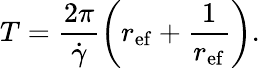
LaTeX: T=\frac{2\pi}{\dot{\gamma}}\left(r_{\mathrm{ef}}+\frac{1}{r_{\mathrm{ef}}}\right).